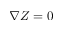
\nabla Z = 0